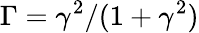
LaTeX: \Gamma=\gamma^{2}/(1+\gamma^{2})